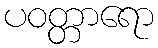
ပဝတ္တာရော